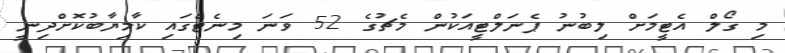
މި ގޯލް އެޓީމަށް ލިބުނު ޕެނަލްޓީއަކުން މެޗުގެ 52 ވަނަ މިނެޓްގައި ކާމިޔާބުކޮށްދިނީ